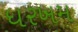
ધરખમ